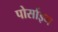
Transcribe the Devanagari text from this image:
पोर्साइन